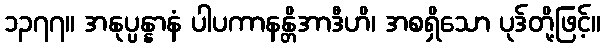
၁၃၇၇။ အနုပ္ပန္နာနံ ပါပကာနန္တိအာဒီဟိ၊ အစရှိသော ပုဒ်တို့ဖြင့်။